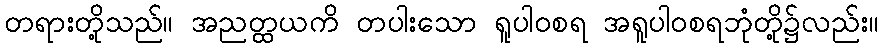
တရားတို့သည်။ အညတ္ထယကိ တပါးသော ရူပါဝစရ အရူပါဝစရဘုံတို့၌လည်း။